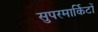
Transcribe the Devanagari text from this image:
सुपरमार्किटों